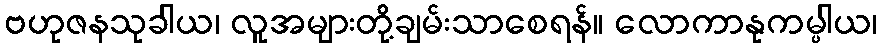
ဗဟုဇနသုခါယ၊ လူအများတို့ချမ်းသာစေရန်။ လောကာနုကမ္ပါယ၊